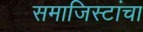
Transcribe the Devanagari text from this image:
समाजिस्टांचा